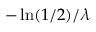
- \ln ( 1 / 2 ) / \lambda